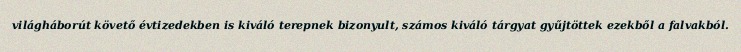
világháborút követő évtizedekben is kiváló terepnek bizonyult, számos kiváló tárgyat gyűjtöttek ezekből a falvakból.